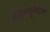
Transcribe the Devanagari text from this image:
जीवनमूल्यांना